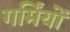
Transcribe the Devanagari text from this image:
गर्मिंयों